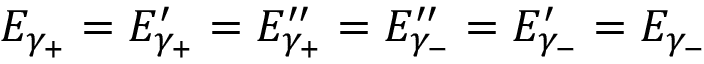
E _ { \gamma _ { + } } = E _ { \gamma _ { + } } ^ { \prime } = E _ { \gamma _ { + } } ^ { \prime \prime } = E _ { \gamma _ { - } } ^ { \prime \prime } = E _ { \gamma _ { - } } ^ { \prime } = E _ { \gamma _ { - } }